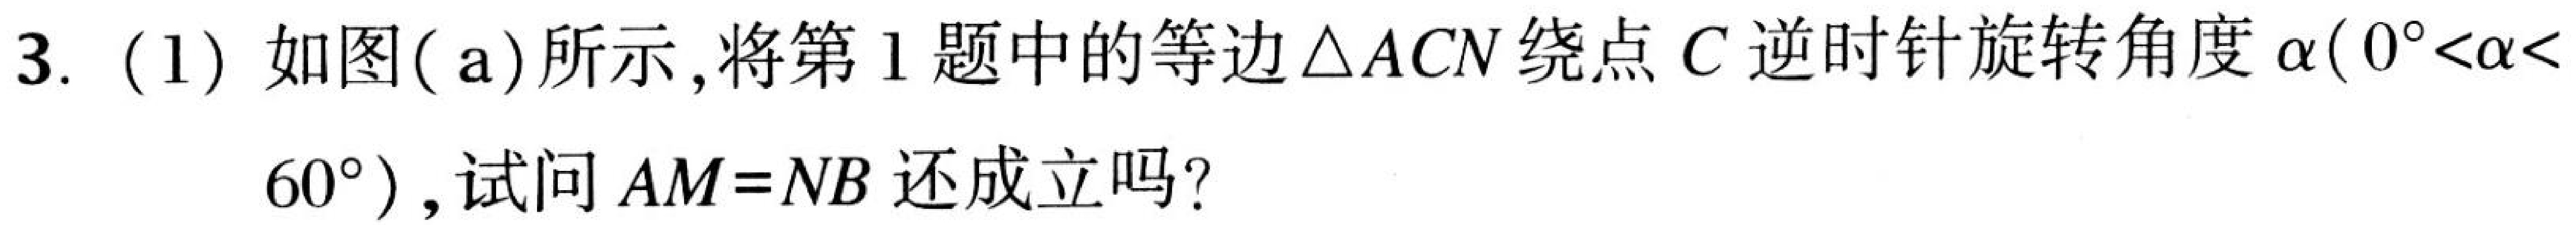
3. (1) 如图(a)所示，将第1题中的等边\(\triangle ACN\)绕点\(C\)逆时针旋转角度\(\alpha(0^{\circ}<\alpha< 60^{\circ})\)，试问\(AM = NB\)还成立吗？